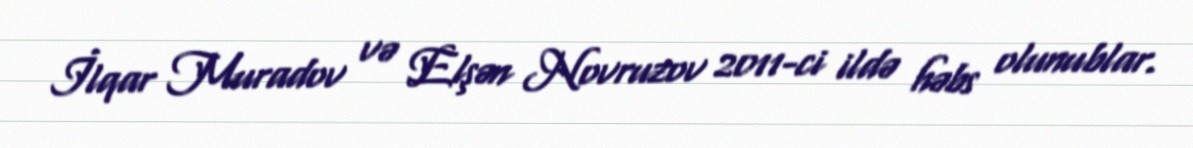
İlqar Muradov və Elşən Novruzov 2011-ci ildə həbs olunublar.